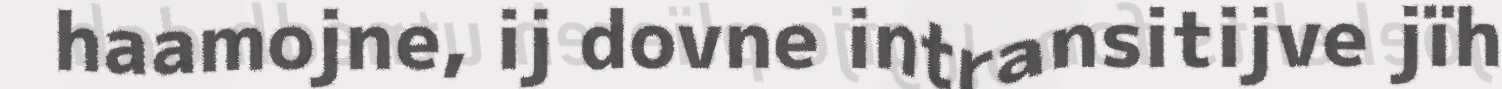
haamojne, ij dovne intransitijve jïh